Report on the working of the Ranchi Indian Mental Hospital, Kanke, in Bihar and Orissa - 1930-1940
Year: 1930
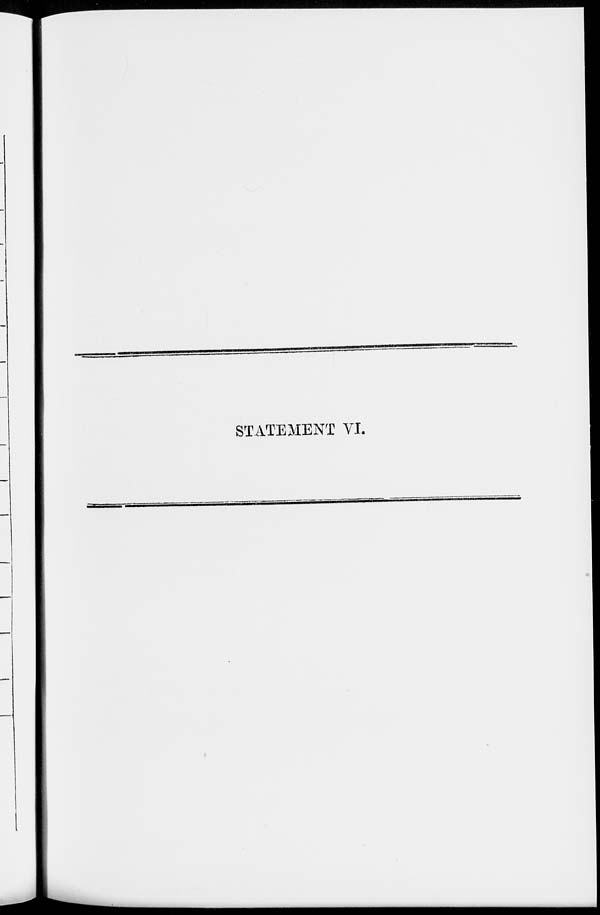
STATEMENT VI.